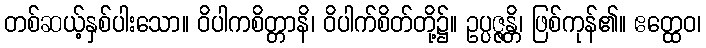
တစ်ဆယ့်နှစ်ပါးသော။ ဝိပါကစိတ္တာနိ၊ ဝိပါက်စိတ်တို့၌။ ဥပ္ပဇ္ဇန္တိ၊ ဖြစ်ကုန်၏။ ဧတ္ထေဝ၊